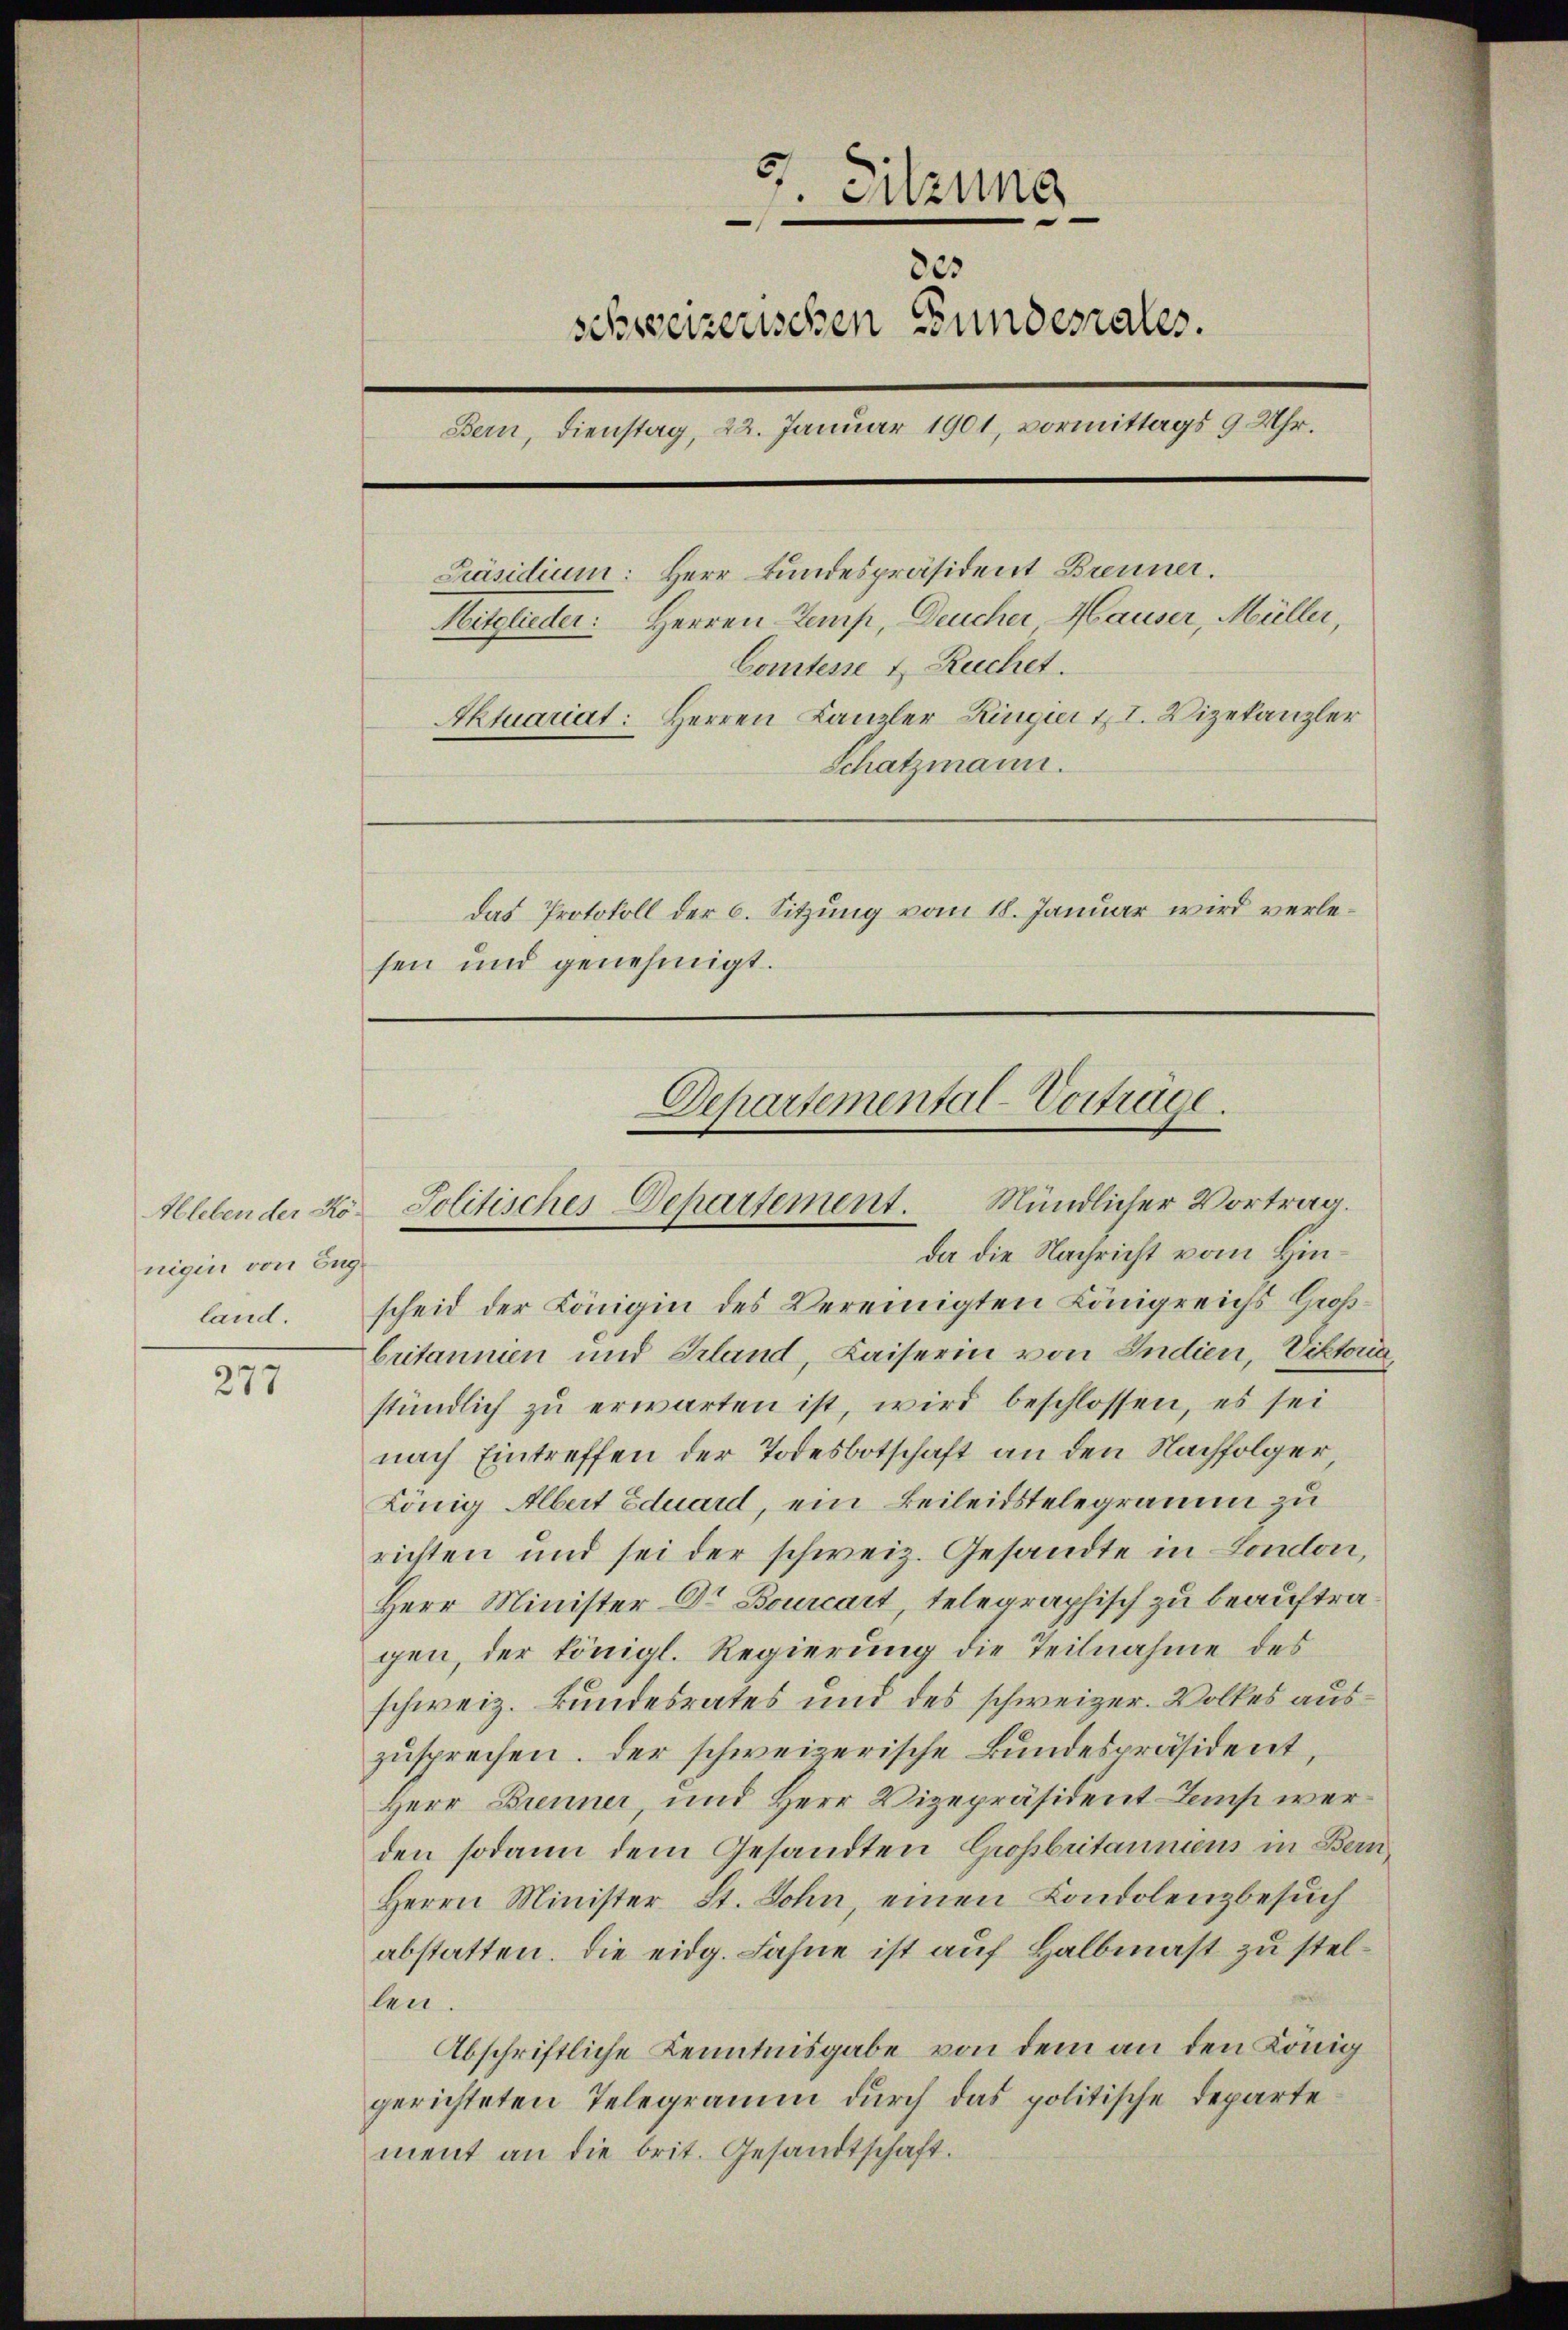
Aleben der Königen von Eng
land.

277

Sitzung
¬
825
schweizerischen Bundesrates.
Bern, Dienstag, 22. Januar 1901, vormittags 9 Uhr.
Präsidium: Herr Bundespräsident Brenner.
Mitglieder: Herren Temp, Deucher Hauser, Müller,
Comtesse u. Ruchet.
Aktuariat: Herren Kanzler Ringier II. Vizekanzler
Schatzmann.
Das Protokoll der 6. Sitzung vom 18. Januar wird verlesen und genehmigt.

scheid der Königin des Vereinigten Königreichs Großbritannien und Erland, Kaiserin von Indien, Viktoria
stündlich zu erwarten ist, wird beschlossen, es sei
nach Eintreffen der Todesbotschaft an den Nachfolger
König Albert Eduard, ein Beileidstelegramm zu
richten und sei der schweiz. Gesandte in London,
Herr Minister Dr Bourcart, telegraphisch zu beauftragen, der königl. Regierung die Teilnahme des
schweiz. Bundesrates und des schweizer. Volkes auszusprechen. Der schweizerische Bundespräsident,
Herr Brenner, und Herr Vizepräsident-Tems werden sodann dem Gesandten Großbritanniens in Bern,
Herrn Minister St. Sohn, einen Londolenzbesuch
abstatten. Die eidg. Fahne ist auf Halbmast zu stellen.
Abschriftliche Kenntnisgabe von dem an den König
gerichteten Telegramm durch das politische Departe
ment an die brit. Gesandtschaft.

Departemental-Vortrage.
Mündlicher Vortrag.
Solitisches Departement.
da die Nachricht vom Hin¬